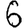
Digit: 6